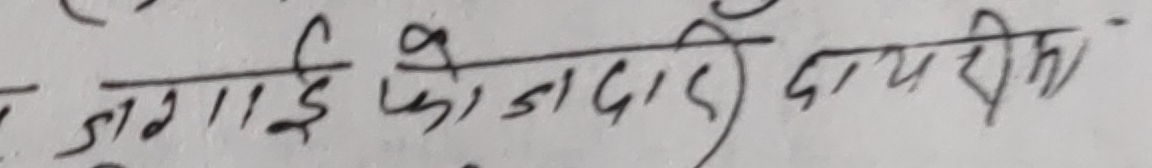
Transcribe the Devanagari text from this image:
जगाई फिर्दा दायरीमा